Vaccination in Bombay 1863-1868 - 1863-1868
Year: 1863
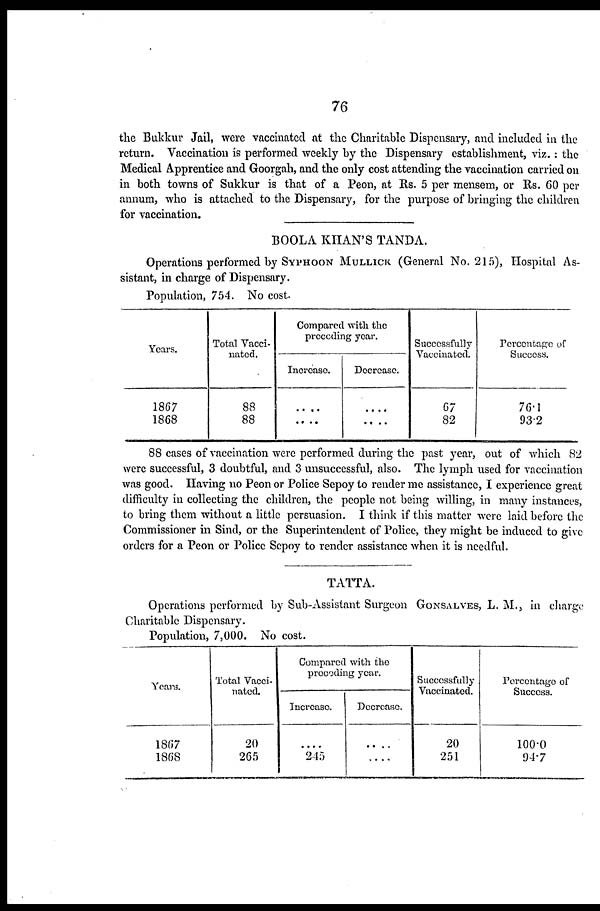
76
the Bukkur Jail, were vaccinated at the Charitable Dispensary, and included in the
return. Vaccination is performed weekly by the Dispensary establishment, viz.: the
Medical Apprentice and Goorgah, and the only cost attending the vaccination carried on
in both towns of Sukkur is that of a Peon, at Rs. 5 per mensem, or Rs. 60 per
annum, who is attached to the Dispensary, for the purpose of bringing the children
for vaccination.
BOOLA KHAN'S TANDA.
Operations performed by SYPHOON MULLICK. (General No. 215), Hospital As-
sistant, in charge of Dispensary.
Population, 754. No cost.
Years.
1867
1868
Total Vacci-
nated.
88
88
Compared with the
preceding year.
Increase.
....
....
Decrease.
....
....
Successfully
Vaccinated.
67
82
Percentage of
Success.
76.1
93.2
88 cases of vaccination were performed during the past year, out of which 82
were successful, 3 doubtful, and 3 unsuccessful, also. The lymph used for vaccination
was good. Having no Peon or Police Sepoy to render me assistance, I experience great
difficulty in collecting the children, the people not being willing, in many instances,
to bring them without a little persuasion. I think if this matter were laid before the
Commissioner in Sind, or the Superintendent of Police, they might be induced to give
orders for a Peon or Police Sepoy to render assistance when it is needful.
TATTA.
Operations performed by Sub-Assistant Surgeon GONSALVES, L. M., in charge
Charitable Dispensary.
Population, 7,000. No cost.
Year.
1867
1868
Total Vacci-
nated.
20
265
Compared with the
preceding year.
Increase.
....
245
Decrease.
....
....
Successfully
Vaccinated.
20
251
Percentage of
Success.
100.0
94.7